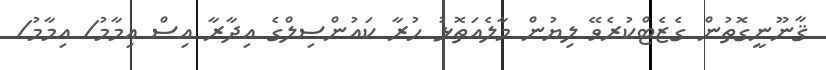
ޤާނޫނީގޮތުން ގެޒެޓްކުރެވޭ ލިޔުން މާލެއަތޮޅު ހުރާ ކައުންސިލްގެ އިދާރާ އިސް އިމާމު/ އިމާމު/